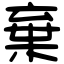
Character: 棄